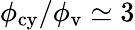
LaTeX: \phi_{\mathrm{cy}}/\phi_{\mathrm{v}}\simeq 3